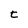
Character: t